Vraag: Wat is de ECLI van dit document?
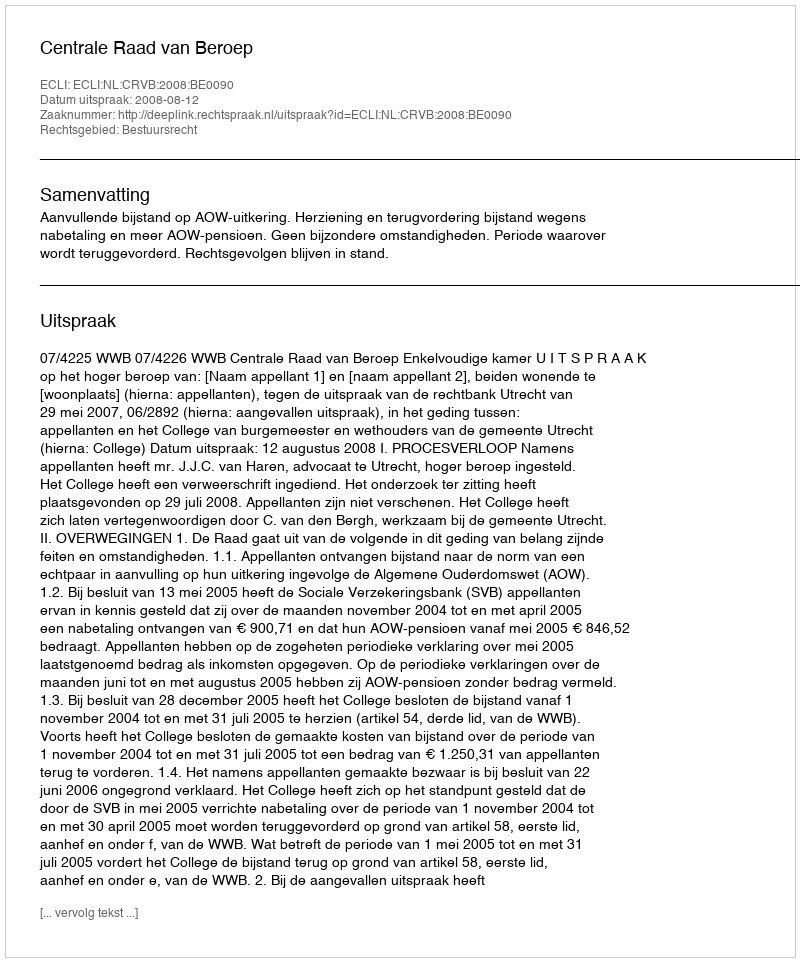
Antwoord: ECLI:NL:CRVB:2008:BE0090